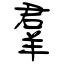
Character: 羣